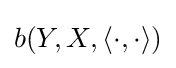
b(Y,X,\langle \cdot ,\cdot \rangle )